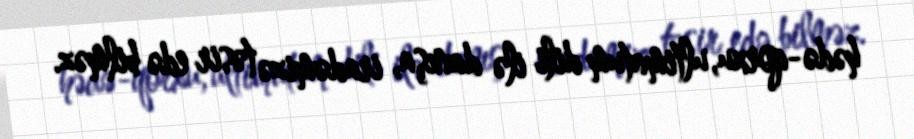
hədə-qorxu, ultimatum dili ilə danışa, iradəmizə təsir edə bilməz.